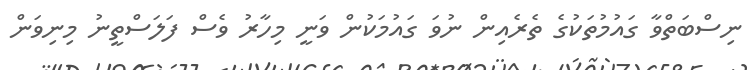
ނިސްބަތްވާ ގައުމުތަކުގެ ތެރެއިން ނުވަ ގައުމަކުން ވަނީ މިހާރު ވެސް ފަލަސްތީނު މިނިވަން